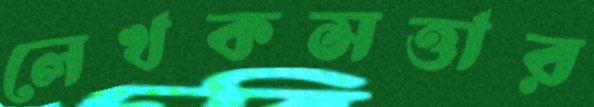
লেখকসত্তার